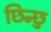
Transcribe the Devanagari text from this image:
छिन्छु